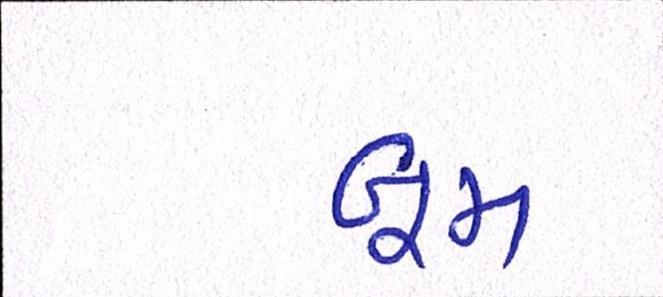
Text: બૂમ